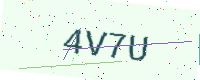
Text: 4V7U